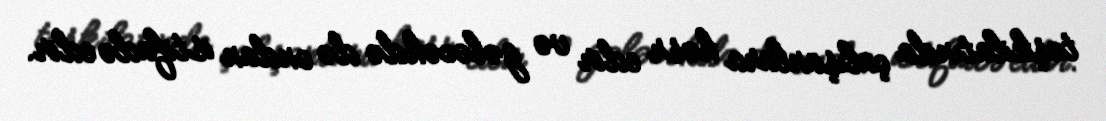
təşkilatında çalışanlara həsr edir və gələcəkdə də ondan istifadə edir.